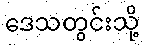
ဒေသတွင်းသို့